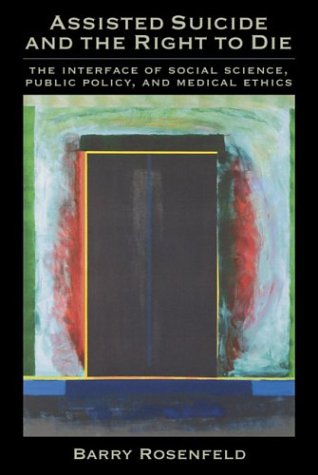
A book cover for Assisted Suicide and the Right to Die: The Interface of Social Science, Public Policy, and Medical Ethics; Barry, Ph.D. Rosenfeld; Law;